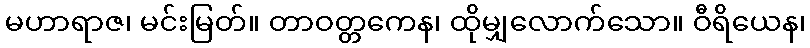
မဟာရာဇ၊ မင်းမြတ်။ တာဝတ္တကေန၊ ထိုမျှလောက်သော။ ဝီရိယေန၊